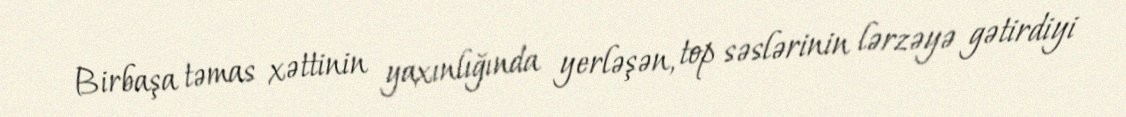
Birbaşa təmas xəttinin yaxınlığında yerləşən, top səslərinin lərzəyə gətirdiyi